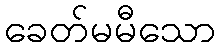
ခေတ်မမီသော